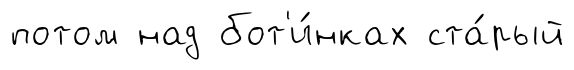
потом над бот'и́нках ста́рый